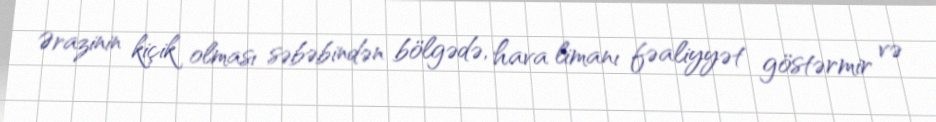
Ərazinin kiçik olması səbəbindən bölgədə, hava limanı fəaliyyət göstərmir və